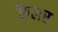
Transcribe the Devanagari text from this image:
कैलर